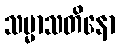
သမ္မာသတိနော